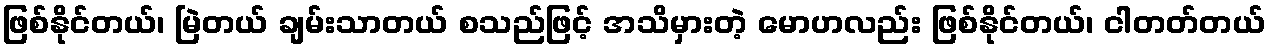
ဖြစ်နိုင်တယ်၊ မြဲတယ် ချမ်းသာတယ် စသည်ဖြင့် အသိမှားတဲ့ မောဟလည်း ဖြစ်နိုင်တယ်၊ ငါတတ်တယ်